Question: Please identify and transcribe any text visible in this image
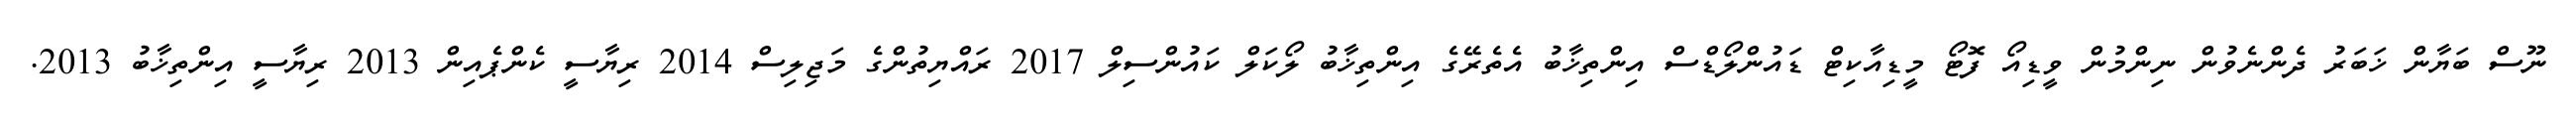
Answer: ނޫސް ބަޔާން ޚަބަރު ދެންނެވުން ނިންމުން ވީޑިއޯ ފޮޓޯ މީޑިއާކިޓް ޑައުންލޯޑްސް އިންތިޚާބު އެތެރޭގެ އިންތިޚާބު ލޯކަލް ކައުންސިލް 2017 ރައްޔިތުންގެ މަޖިލިސް 2014 ރިޔާސީ ކެންޕެއިން 2013 ރިޔާސީ އިންތިޚާބު 2013.